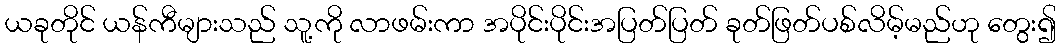
ယခုတိုင် ယန်ကီများသည် သူ့ကို လာဖမ်းကာ အပိုင်းပိုင်းအပြတ်ပြတ် ခုတ်ဖြတ်ပစ်လိမ့်မည်ဟု တွေး၍